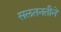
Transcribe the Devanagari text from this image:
सलतनतीने